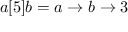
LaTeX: a [ 5 ] b = a \rightarrow b \rightarrow 3